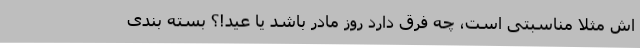
اش مثلا مناسبتی است، چه فرق دارد روز مادر باشد یا عید!؟ بسته بندی